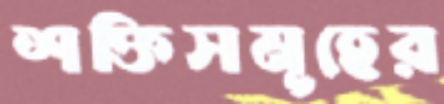
শক্তিসমূহের